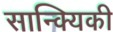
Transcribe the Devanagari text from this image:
सान्क्यिकी